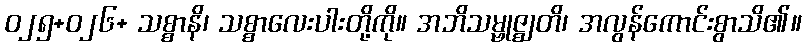
ဝ၂၅+၀၂၆+ သစ္စာနိ၊ သစ္စာလေးပါးတို့ကို။ အဘိသမ္ဗုဇ္ဈတိ၊ အလွန်ကောင်းစွာသိ၏။